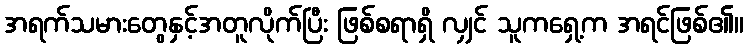
အရက်သမားတွေနှင့်အတူလိုက်ပြီး ဖြစ်စရာရှိ လျှင် သူကရှေ့က အရင်ဖြစ်၏။